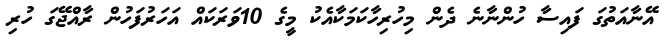
އޭނާއަތުގަ ފައިސާ ހުންނާނެ ދެން މިހުރިހާކަމަކާއެކު މީގެ 10ވަރަކައް އަހަރުފަހުން ރާއްޖޭގަ ހުރި